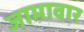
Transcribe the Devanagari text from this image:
जामावार